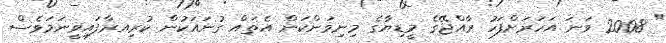
" 2008 ވަނަ އަހަރަށްފަހު ރާއްޖޭގެ މީޑިޔާގެ މިނިވަންކަން އެތައް ގުނައަކުން ކުރިއރާފައިވީނަމަވެސް